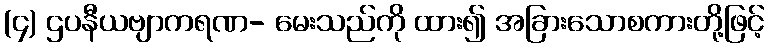
(၄) ဌပနီယဗျာကရဏ- မေးသည်ကို ထား၍ အခြားသောစကားတို့ဖြင့်